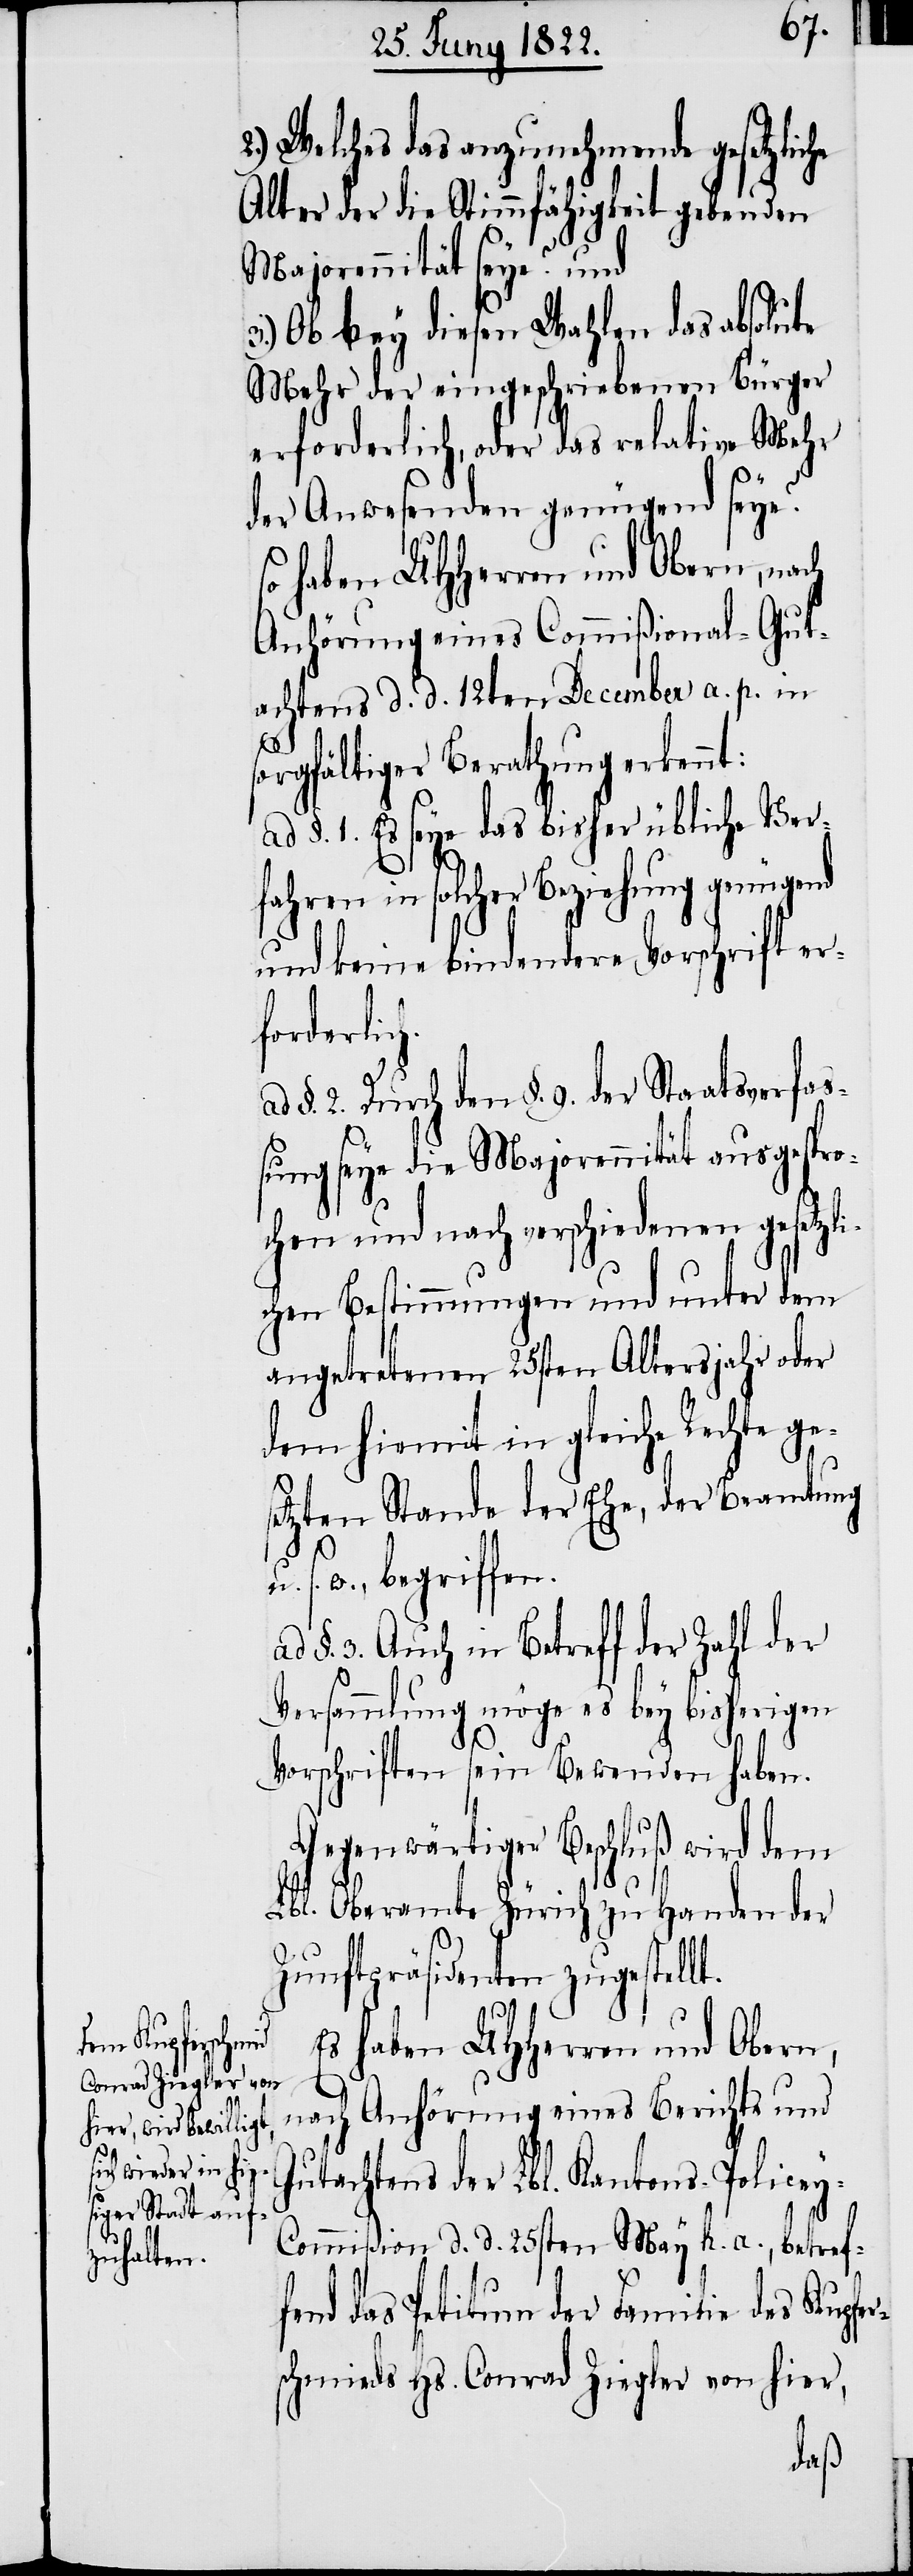
2.) Welches das anzunehmende gesetzliche
Alter der Stimmfähigkeit gebenden
Majorennität seye? und
3.) Ob bey diesen Wahlen das absolute
Mehr der eingeschriebenen Bürger
erforderlich, oder das relative Mehr
der Anwesenden genügend seye?
so haben UHHerren und Obern, nach
Anhörung eines Commißional-Gut¬
achtens d. d. 12ten December a. p. in
sorgfältiger Berathung erkennt:
ad §. 1. Es seye das bisher übliche Verf¬
ahren in solcher Beziehung genügend
und keine bindendere Vorschrift er¬
forderlic¬
§. 2. Durch den §. 9. der Staatsverfa¬
ßung seye die Majorennität ausgespro¬
chen und nach verschiedenen gesetzli¬
chen Bestimmungen und unter dem
angetretenen 25sten Altersjahr oder
dem hiemit in gleiche Rechte ge¬
f¬
setzten Stande der Ehe, der Beamtung
w., begriffen.
§. 3. Auch in Betreff der Zahl der
Versammlung möge es bey bisherigen
Vorschriften sein Bewenden haben.
Gegenwärtiger Beschluß wird dem
Lbl. Oberamte Zürich zu Handen der
s.
Zunftpräsidenten zugestellt.
Es haben UHHerren und Obern,
nach Anhörung eines Berichts und
Gutachtens der Lbl. Kantons-Police¬
y-Commißion d. d. 25sten May h. a., betref¬
end des Petitum der Familie des Kupfer¬
schmieds Hs. Conrad Ziegler von hier,